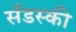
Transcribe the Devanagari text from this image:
सँडस्की